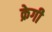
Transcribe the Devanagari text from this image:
क्रेगी